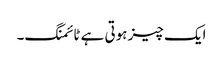
ایک چیز ہوتی ہے ٹائمنگ۔